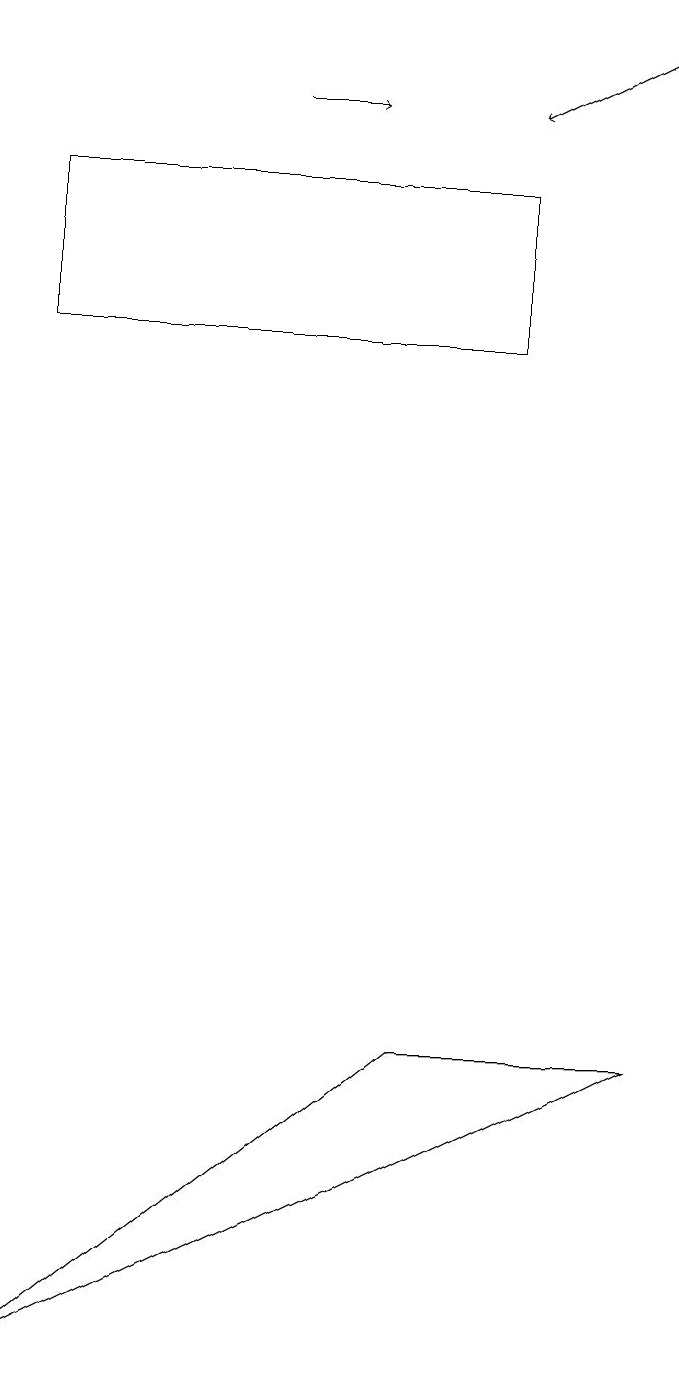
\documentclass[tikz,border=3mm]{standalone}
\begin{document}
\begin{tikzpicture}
\draw[->] (4,16) -- (5,16);
\draw (9,4) -- (1,0) -- (6,4) -- cycle;
\draw[->] (9,17) -- (7,16);
\draw (1,15) rectangle (7,13);
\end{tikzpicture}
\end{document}